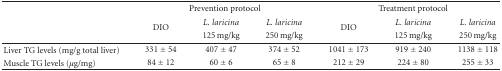
<table><thead><tr><td><b> </b></td><td colspan="3"><b>Prevention protocol</b></td><td colspan="3"><b>Treatment protocol</b></td></tr><tr><td></td><td rowspan="2"><b>DIO</b></td><td><b><i>L. laricina</i></b></td><td><b><i>L. laricina</i></b></td><td rowspan="2"><b>DIO</b></td><td><b><i>L. laricina</i></b></td><td><b><i>L. laricina</i></b></td></tr><tr><td><b> </b></td><td><b>125 mg/kg</b></td><td><b>250 mg/kg</b></td><td><b>125 mg/kg</b></td><td><b>250 mg/kg</b></td></tr></thead><tbody><tr><td>Liver TG levels (mg/g total liver)</td><td>331 ± 54</td><td>407 ± 47</td><td>374 ± 52</td><td>1041 ± 173</td><td>919 ± 240</td><td>1138 ± 118</td></tr><tr><td>Muscle TG levels (<i>μ</i>g/mg)</td><td>84 ± 12</td><td>60 ± 6</td><td>65 ± 8</td><td>212 ± 29</td><td>224 ± 80</td><td>255 ± 33</td></tr></tbody></table>